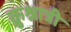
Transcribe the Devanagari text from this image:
क्रुश्नात्री